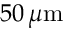
5 0 \, \mu \mathrm { m }